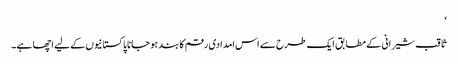
‘
ثاقب شیرانی کے مطابق ایک طرح سے اس امدادی رقم کا بند ہو جانا پاکستانیوں کے لیے اچھا ہے۔